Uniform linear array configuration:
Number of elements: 16
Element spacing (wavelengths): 0.25
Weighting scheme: kaiser
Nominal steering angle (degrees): -60
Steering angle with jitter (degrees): -61.439
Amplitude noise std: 0.05
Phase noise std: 0.05

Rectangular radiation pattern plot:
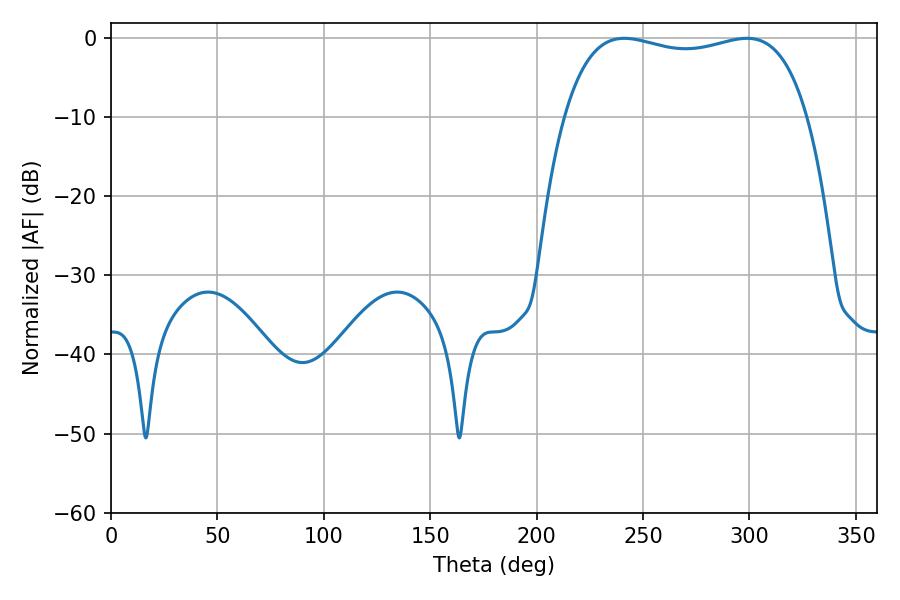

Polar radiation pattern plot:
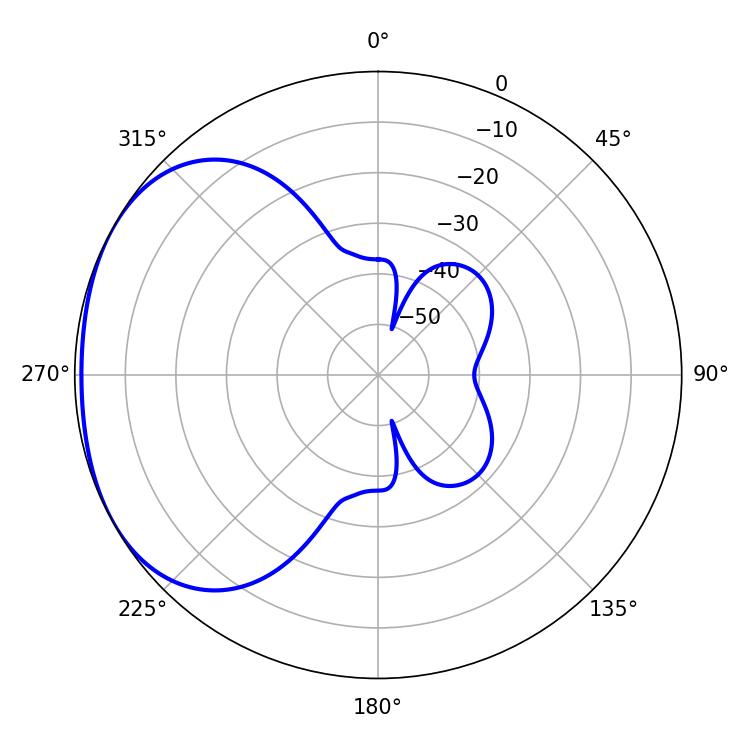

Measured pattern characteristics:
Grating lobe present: FALSE
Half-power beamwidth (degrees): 92.52
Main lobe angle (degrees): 241.2